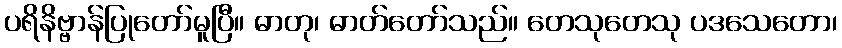
ပရိနိဗ္ဗာန်ပြုတော်မူပြီ။ ဓာတု၊ ဓာတ်တော်သည်။ တေသုတေသု ပဒသေတော၊